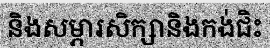
និងសម្ភារសិក្សានិងកង់ជិះ